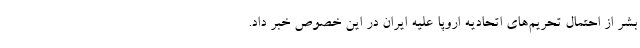
بشر از احتمال تحریم‌های اتحادیه اروپا علیه ایران در این خصوص خبر داد.